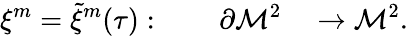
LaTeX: \xi^{m}={\tilde{\xi}}^{m}(\tau):\qquad\partial{\cal M}^{2}\quad\rightarrow{{\cal M}}^{2}.